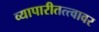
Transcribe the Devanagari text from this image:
व्यापारीतत्त्वावर